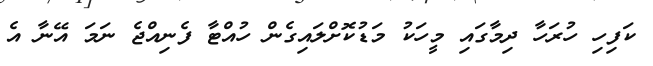
ކަފިހި ހުރަހާ ދިމާގައި މީހަކު މަޑުކޮށްލައިގެން ހުއްޓާ ފެނިއްޖެ ނަމަ އޭނާ އެ